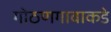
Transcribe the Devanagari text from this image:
गोठणगावाकडे